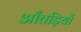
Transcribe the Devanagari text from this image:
आँतड़ियों